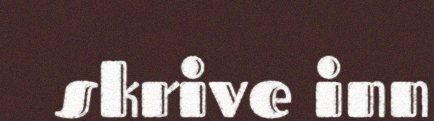
skrive inn